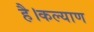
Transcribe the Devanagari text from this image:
है।कल्याण